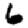
Digit: 6